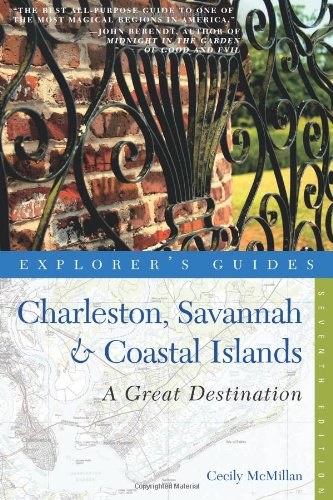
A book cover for Explorer's Guide Charleston, Savannah & Coastal Islands: A Great Destination (Seventh Edition)  (Explorer's Great Destinations); Cecily McMillan; Travel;